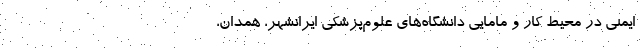
ایمنی در محیط کار و مامایی دانشگاه‌های علوم‌پزشکی ایرانشهر، همدان،